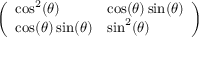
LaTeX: \left( \begin{array} { l l } { \cos ^ { 2 } ( \theta ) } & { \cos ( \theta ) \sin ( \theta ) } \\ { \cos ( \theta ) \sin ( \theta ) } & { \sin ^ { 2 } ( \theta ) } \end{array} \right)